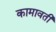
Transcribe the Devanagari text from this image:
कामावती